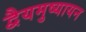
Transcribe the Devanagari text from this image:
द्वैयमुष्यायन